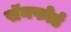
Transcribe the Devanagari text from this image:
सॅनफोर्ड